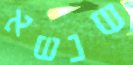
שנשא